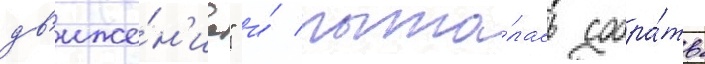
дв'иже́н'ие" и́ пыта́лась собра́ть